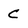
Character: c